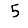
Digit: 5